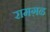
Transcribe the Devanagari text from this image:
रामग़ढ